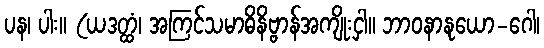
ပန၊ ပါး။ (ယဒတ္ထံ၊ အကြင်သမာဓိနိဗ္ဗာန်အကျိုးငှါ။ ဘာဝနာနုယော-ဂေါ၊